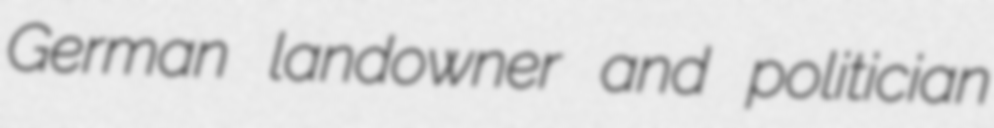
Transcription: German landowner and politician